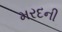
મરદની